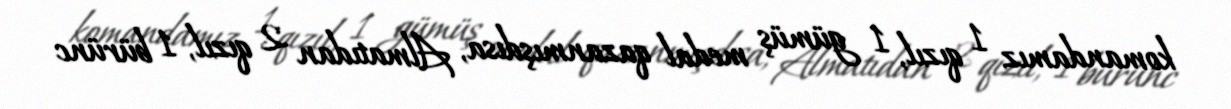
komandamız 1 qızıl, 1 gümüş medal qazanmışdısa, Almatıdan 2 qızıl, 1 bürünc